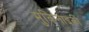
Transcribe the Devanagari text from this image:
मुकिनाइकी